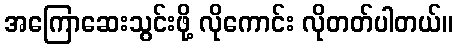
အကြောဆေးသွင်းဖို့ လိုကောင်း လိုတတ်ပါတယ်။